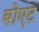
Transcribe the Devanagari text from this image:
बोएट